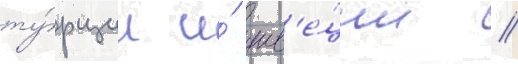
ту́рции и́ шв'е́ции //